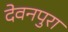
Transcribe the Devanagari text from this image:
देवनपुरा